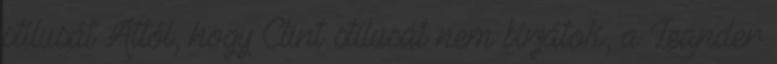
stí­lusát Attól, hogy Clint stí­lusát nem bí­rjátok, a Leander